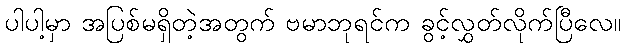
ပါပါ့မှာ အပြစ်မရှိတဲ့အတွက် ဗမာဘုရင်က ခွင့်လွှတ်လိုက်ပြီလေ။